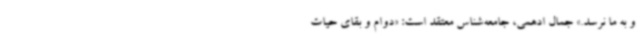
و به ما نرسد.» جمال ادهمی، جامعه‌شناس معتقد است: «دوام و بقای حیات